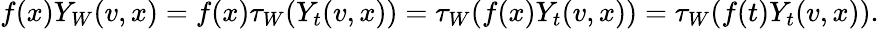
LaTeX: f(x)Y_{W}(v,x)=f(x)\tau_{W}(Y_{t}(v,x))=\tau_{W}(f(x)Y_{t}(v,x))=\tau_{W}(f(t)Y_{t}(v,x)).